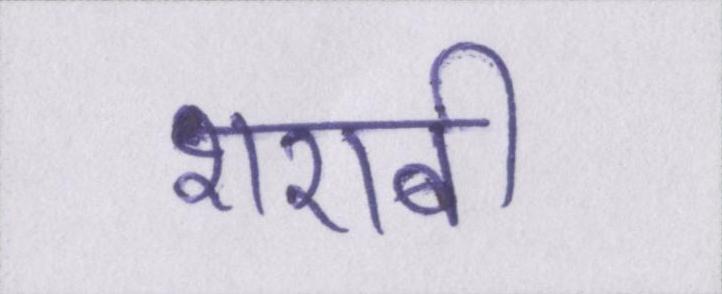
शराबी